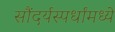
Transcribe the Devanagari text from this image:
सौंदर्यस्पर्धांमध्ये